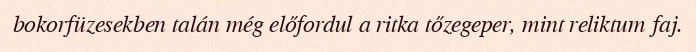
bokorfüzesekben talán még előfordul a ritka tőzegeper, mint reliktum faj.